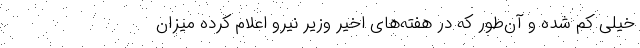
خیلی کم شده و آن‌طور که در هفته‌های اخیر وزیر نیرو اعلام کرده میزان